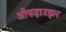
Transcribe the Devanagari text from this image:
ऑफहाउझर